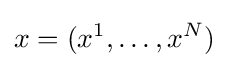
x=(x^{1},\dots ,x^{N})